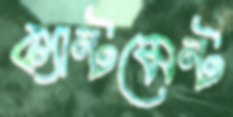
ক্যান্টমেন্ট